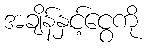
အချိန်နှင့်ငွေကို